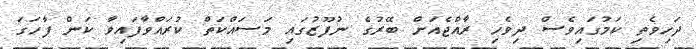
ދަހިވެތި ކަމުގައިވެސް ދިވެހި ރާއްޖެއަށް ބޭރުގެ ނުފޫޒުގައި މަސައްކަތް ކުރައްވާފައިވާ ކަން ފާހަގަ